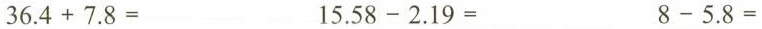
$$3 6 . 4 + 7 . 8=$$ $$1 5 . 5 8 - 2 . 1 9=$$ $$8 - 5 . 8=$$